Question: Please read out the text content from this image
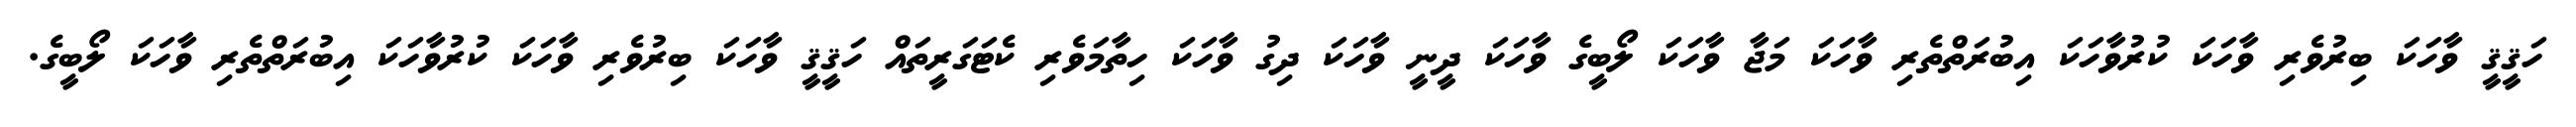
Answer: ހަޤީޤީ ވާހަކަ ބިރުވެރި ވާހަކަ ކުރުވާހަކަ އިބުރަތްތެރި ވާހަކަ މަޖާ ވާހަކަ ލޯބީގެ ވާހަކަ ދީނީ ވާހަކަ ދިގު ވާހަކަ ހިތާމަވެރި ކެޓަގަރީތައް ހަޤީޤީ ވާހަކަ ބިރުވެރި ވާހަކަ ކުރުވާހަކަ އިބުރަތްތެރި ވާހަކަ ލޯބީގެ.